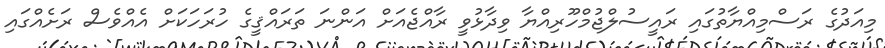
މިއަދުގެ ރަސްމިއްޔާތުގައި ރައީސުލްޖުމްހޫރިއްޔާ ވިދާޅުވީ ރާއްޖެއަށް އަންނަ ތަރައްޤީގެ ހުރަހަކަށް އެއްވެސް ރަށެއްގައި